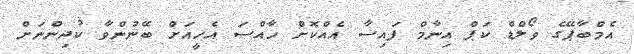
އެމްބާޕޭގެ ވޯލްޑް ކަޕް އިނާމް ފައިސާ އެއްކޮށް ހާއްސަ އެހީއަށް ބޭނުންވާ ކުދިންނަށް